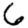
Digit: 6